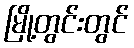
မြို့တွင်းတွင်